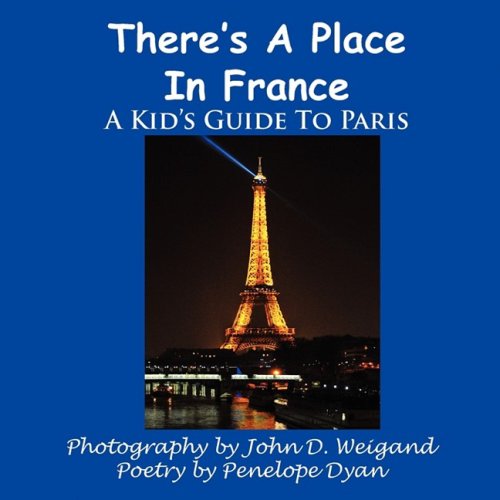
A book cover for There's A Place In France, A Kid's Guide To Paris; Penelope Dyan; Teen & Young Adult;